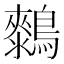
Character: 𱈺